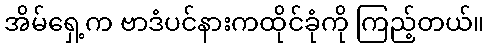
အိမ်ရှေ့က ဗာဒံပင်နားကထိုင်ခုံကို ကြည့်တယ်။